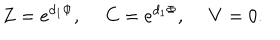
Z = e ^ { d _ { 1 } \Phi } , \ C = e ^ { d _ { 1 } \Phi } , \ V = 0 .